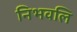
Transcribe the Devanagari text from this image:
निभवलि